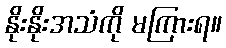
နိုးနိုးအသံကို မကြားရ။